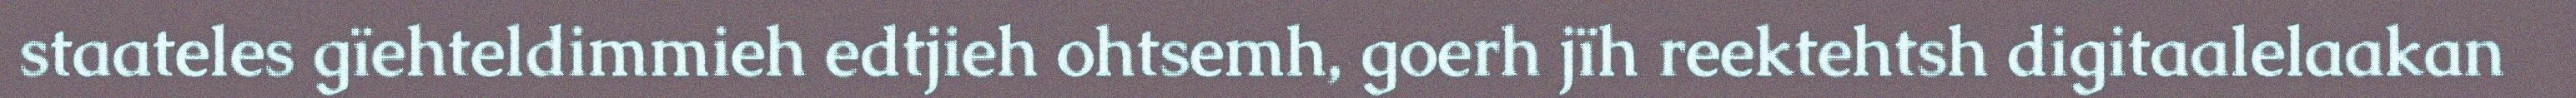
staateles gïehteldimmieh edtjieh ohtsemh, goerh jïh reektehtsh digitaalelaakan